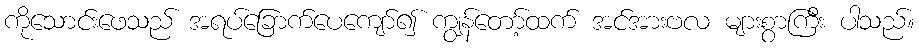
ကိုသောင်းဖေသည် အရပ်ခြောက်ပေကျော်၍ ကျွန်တော့်ထက် အင်အားဗလ များစွာကြီး ပါသည်။